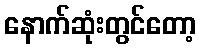
နောက်ဆုံးတွင်တော့